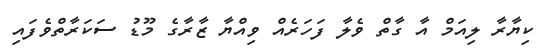
ކިޔާރާ ލިއަމް އާ ގާތް ވެލާ ފަހަރެއް ވިއްޔާ ޒާރާގެ މޫޑު ސަކަރާތްވެފައި